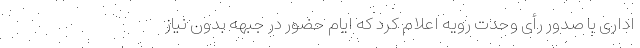
اداری با صدور رأی وحدت رویه اعلام کرد که ایام حضور در جبهه بدون نیاز